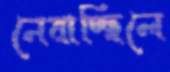
নেবাচ্ছিলে